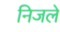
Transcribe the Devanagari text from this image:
निजले